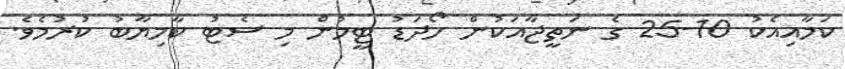
ކަމާއިއެކު 10-25 ގެ ނަތީޖާއަކުން ހޯދަޑު ޓީމުން މި ސެޓު ކާމިޔާބު ކުރުމެވެ.